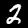
Label: 2